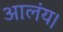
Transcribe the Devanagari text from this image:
आलंय।